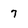
Character: 7